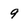
Character: 9